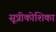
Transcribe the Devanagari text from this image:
सूत्रीकोशिका